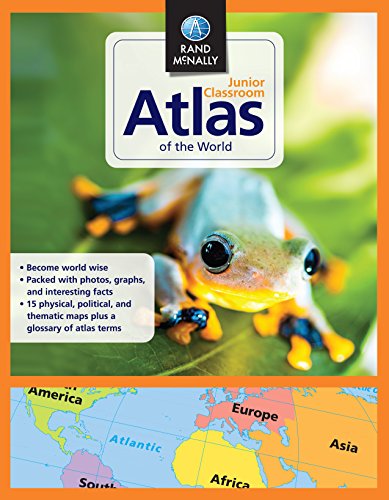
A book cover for Rand McNally Junior Classroom Atlas of the World; Rand McNally; Reference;